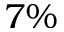
7 \%